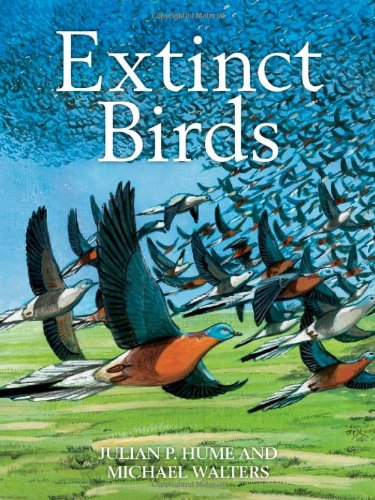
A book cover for Extinct Birds (Poyser Monographs); Julian P. Hume; Science & Math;